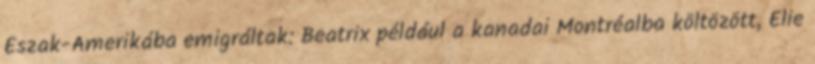
Észak-Amerikába emigráltak: Beatrix például a kanadai Montréalba költözött, Elie